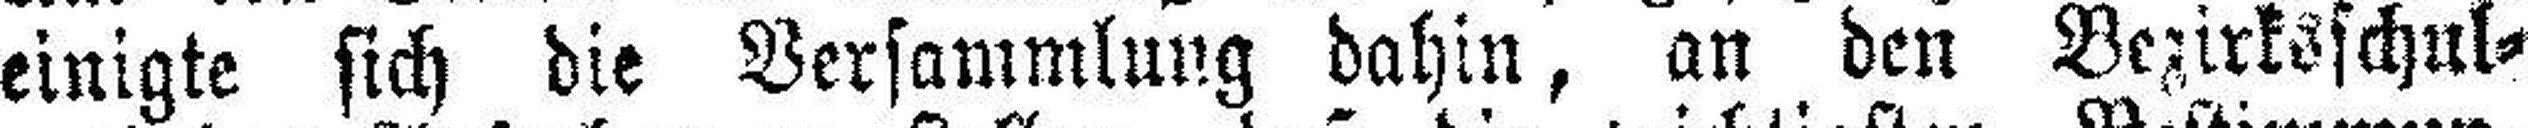
einigte sich die Versammlung dahin, an den Bezirksschul¬